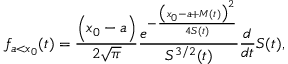
f _ { a < x _ { 0 } } ( t ) = \frac { \Big ( x _ { 0 } - a \Big ) } { 2 \sqrt { \pi } } \frac { e ^ { - \frac { \big ( x _ { 0 } - a + M ( t ) \big ) ^ { 2 } } { 4 S ( t ) } } } { S ^ { 3 / 2 } ( t ) } \frac { d } { d t } S ( t ) ,